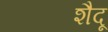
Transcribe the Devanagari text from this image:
शैदू